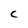
Character: C